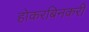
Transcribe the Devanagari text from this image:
होकरबिनकरी